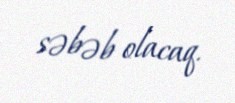
səbəb olacaq.